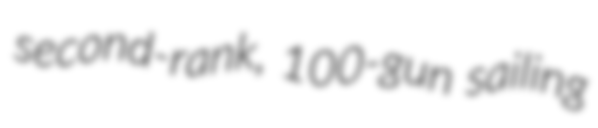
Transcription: second-rank, 100-gun sailing